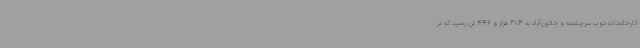
کارخانجات ذوب سرچشمه و خاتون‌آباد به 304 هزار و 446 تن رسید که در